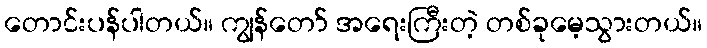
တောင်းပန်ပါတယ်။ ကျွန်တော် အရေးကြီးတဲ့ တစ်ခုမေ့သွားတယ်။